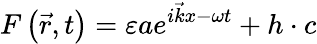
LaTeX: F\left({\vec{r}},t\right)=\varepsilon ae^{i{\vec{k}}x-\omega t}+h\cdot c